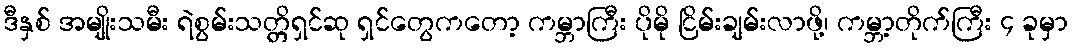
ဒီနှစ် အမျိုးသမီး ရဲစွမ်းသတ္တိရှင်ဆု ရှင်တွေကတော့ ကမ္ဘာကြီး ပိုမို ငြိမ်းချမ်းလာဖို့၊ ကမ္ဘာ့တိုက်ကြီး ၄ ခုမှာ